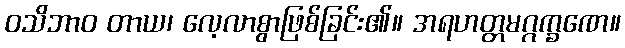
ဝသိဘာဝ တာယ၊ လေ့လာစွာဖြစ်ခြင်း၏။ အရဟတ္တမဂ္ဂက္ခဏေ။